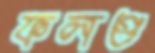
ফলগু